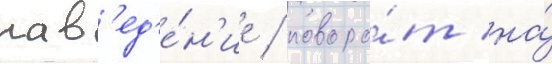
нав'ед'е́н'ие / поворо́т на́